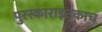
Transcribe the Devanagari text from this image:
पुरस्काराइतकाच